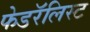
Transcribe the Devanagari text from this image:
फेडरॅलिस्ट